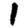
Digit: 1